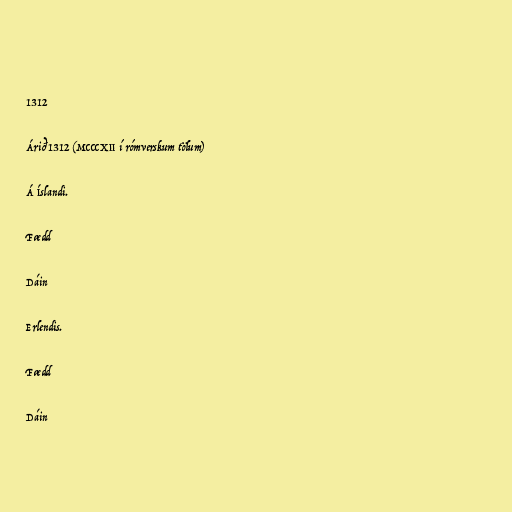
1312

Árið 1312 (MCCCXII í rómverskum tölum)

Á Íslandi.

Fædd

Dáin

Erlendis.

Fædd

Dáin